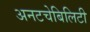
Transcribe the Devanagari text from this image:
अनटचेबिलिटी